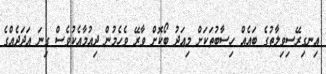
އިނގިރޭސިވިލާތުގެ ބައެއް ހިސާބުތަކަށް މިއަދު ބޯކޮށް ވާރޭ ވެހެމުން ދިއުމާއެކުވެސް ގިނަ އަދަދެއްގެ